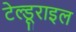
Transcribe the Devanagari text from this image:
टेल्डूराइल